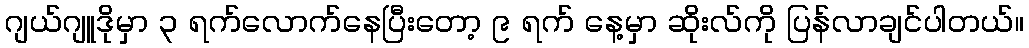
ဂျယ်ဂျူဒိုမှာ ၃ ရက်လောက်နေပြီးတော့ ၉ ရက် နေ့မှာ ဆိုးလ်ကို ပြန်လာချင်ပါတယ်။